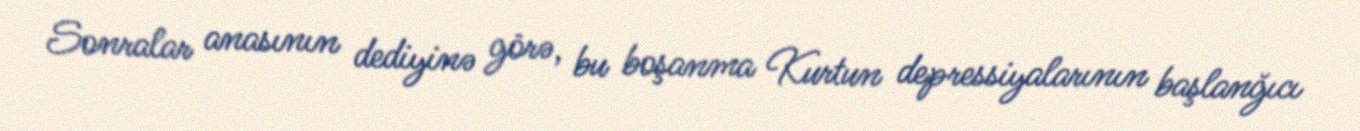
Sonralar anasının dediyinə görə, bu boşanma Kurtun depressiyalarının başlanğıcı